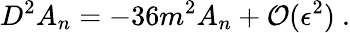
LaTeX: D^{2}A_{n}=-36m^{2}A_{n}+{\cal O}(\epsilon^{2})\ .